Indian journal of veterinary science and animal husbandry - Volume 4,
Year: 1934
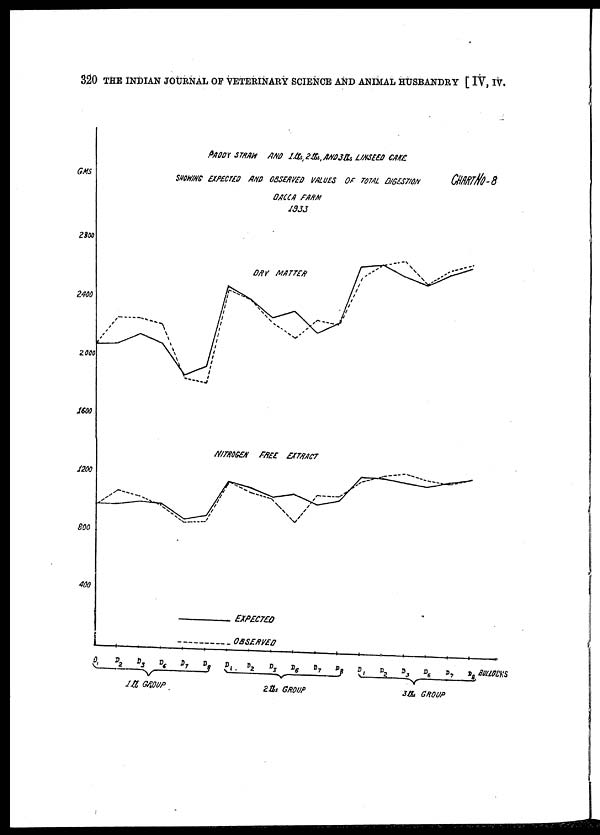
320 THE INDIAN JOURNAL OF VETERINARY SCIENCE AND ANIMAL HUSBANDRY [ IV, IV.